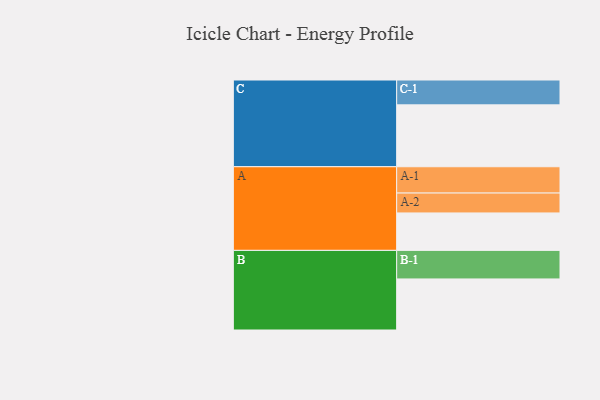
{"axis": {"x": "Segment", "y": "Value"}, "legend": ["", "A", "B", "C"], "data": [{"x": "A", "y": 363, "type": ""}, {"x": "B", "y": 495, "type": ""}, {"x": "C", "y": 600, "type": ""}, {"x": "A-1", "y": 255, "type": "A"}, {"x": "A-2", "y": 193, "type": "A"}, {"x": "B-1", "y": 277, "type": "B"}, {"x": "C-1", "y": 241, "type": "C"}]}